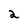
Character: 2